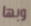
وبها